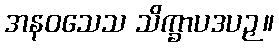
အနဝသေသ သိက္ခာပဒပဉှ။